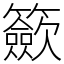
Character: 籨